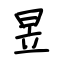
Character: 昱